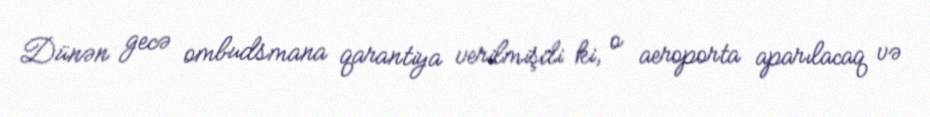
Dünən gecə ombudsmana qarantiya verilmişdi ki, o aeroporta aparılacaq və